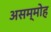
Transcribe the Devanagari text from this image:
असम्मोह